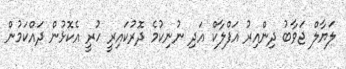
ލަޔާލް ޖަވާބު ދިންއިރު އަފްލާކް އަދި ނުނިކުމެ ދޮރުކައިރީ ހުރީ އެކޮޅުން ދައްކަމުން